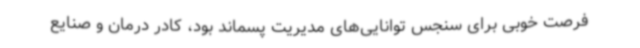
فرصت خوبی برای سنجس توانایی‌های مدیریت پسماند بود، کادر درمان و صنایع